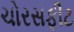
ચોરસફીટ